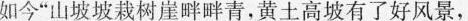
如今”t山坡坡栽树崖畔畔青，黄土高坡有了好风景，